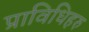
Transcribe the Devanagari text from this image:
प्राविधिहरु